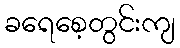
ခရေစေ့တွင်းကျ